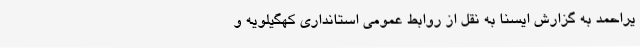
یراحمد به گزارش ایسنا به نقل از روابط عمومی استانداری کهگیلویه و